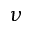
\nu